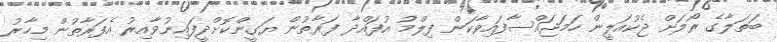
ބަތަލާގެ ރޯލަށް ޖެކުއަލީން ހަމަޖައްސާފައިވާކަން ފިލްމު އުފައްދާ ފަރާތުން ޔަގީންކޮށްދީފައިނުވާއިރު އެފަރާތުން މިހާރު